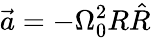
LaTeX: \vec{a}=-{\Omega}_{0}^{2}R\hat{R}